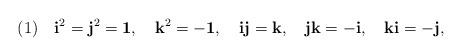
LaTeX: \begin{align*}(1) \quad {\mbox{\bf{i}}}^2={\mbox{\bf{j}}}^2={\mbox{\bf{1}}}, \quad {\mbox{\bf{k}}}^2= -{\mbox{\bf{1}}}, \quad {\mbox{\bf{i}}}{\mbox{\bf{j}}}={\mbox{\bf{k}}}, \quad {\mbox{\bf{j}}}{\mbox{\bf{k}}}=-{\mbox{\bf{i}}}, \quad {\mbox{\bf{k}}}{\mbox{\bf{i}}}=-{\mbox{\bf{j}}}, \end{align*}